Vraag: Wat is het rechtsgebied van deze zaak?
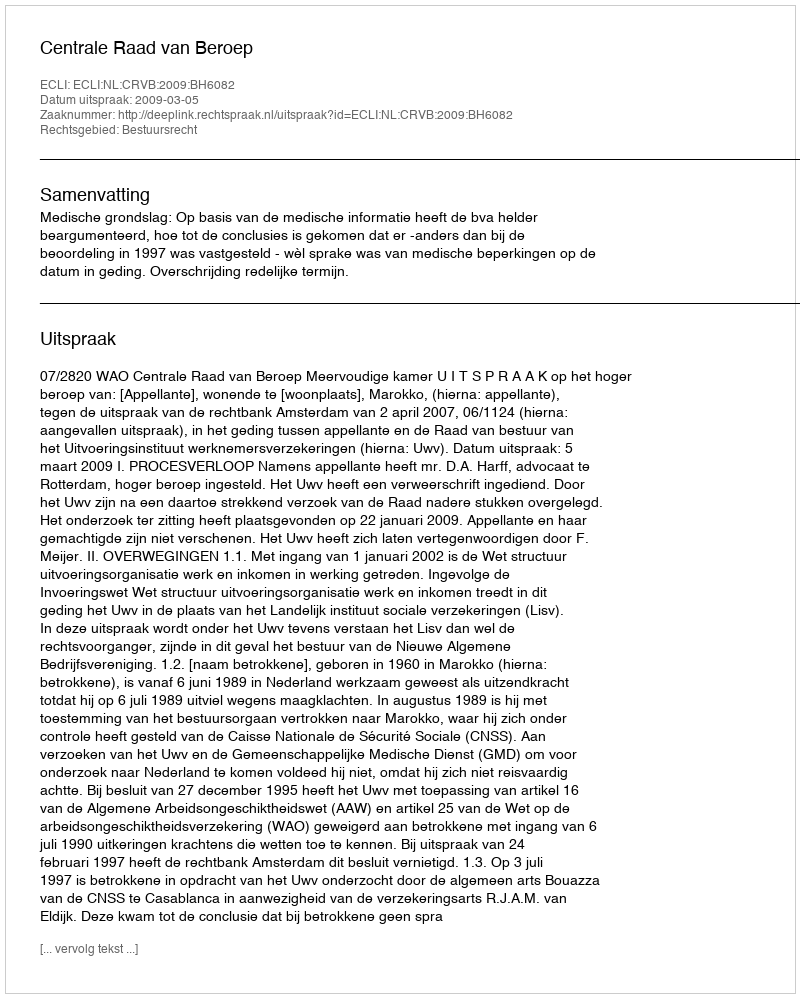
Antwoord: Bestuursrecht